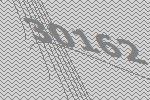
30162